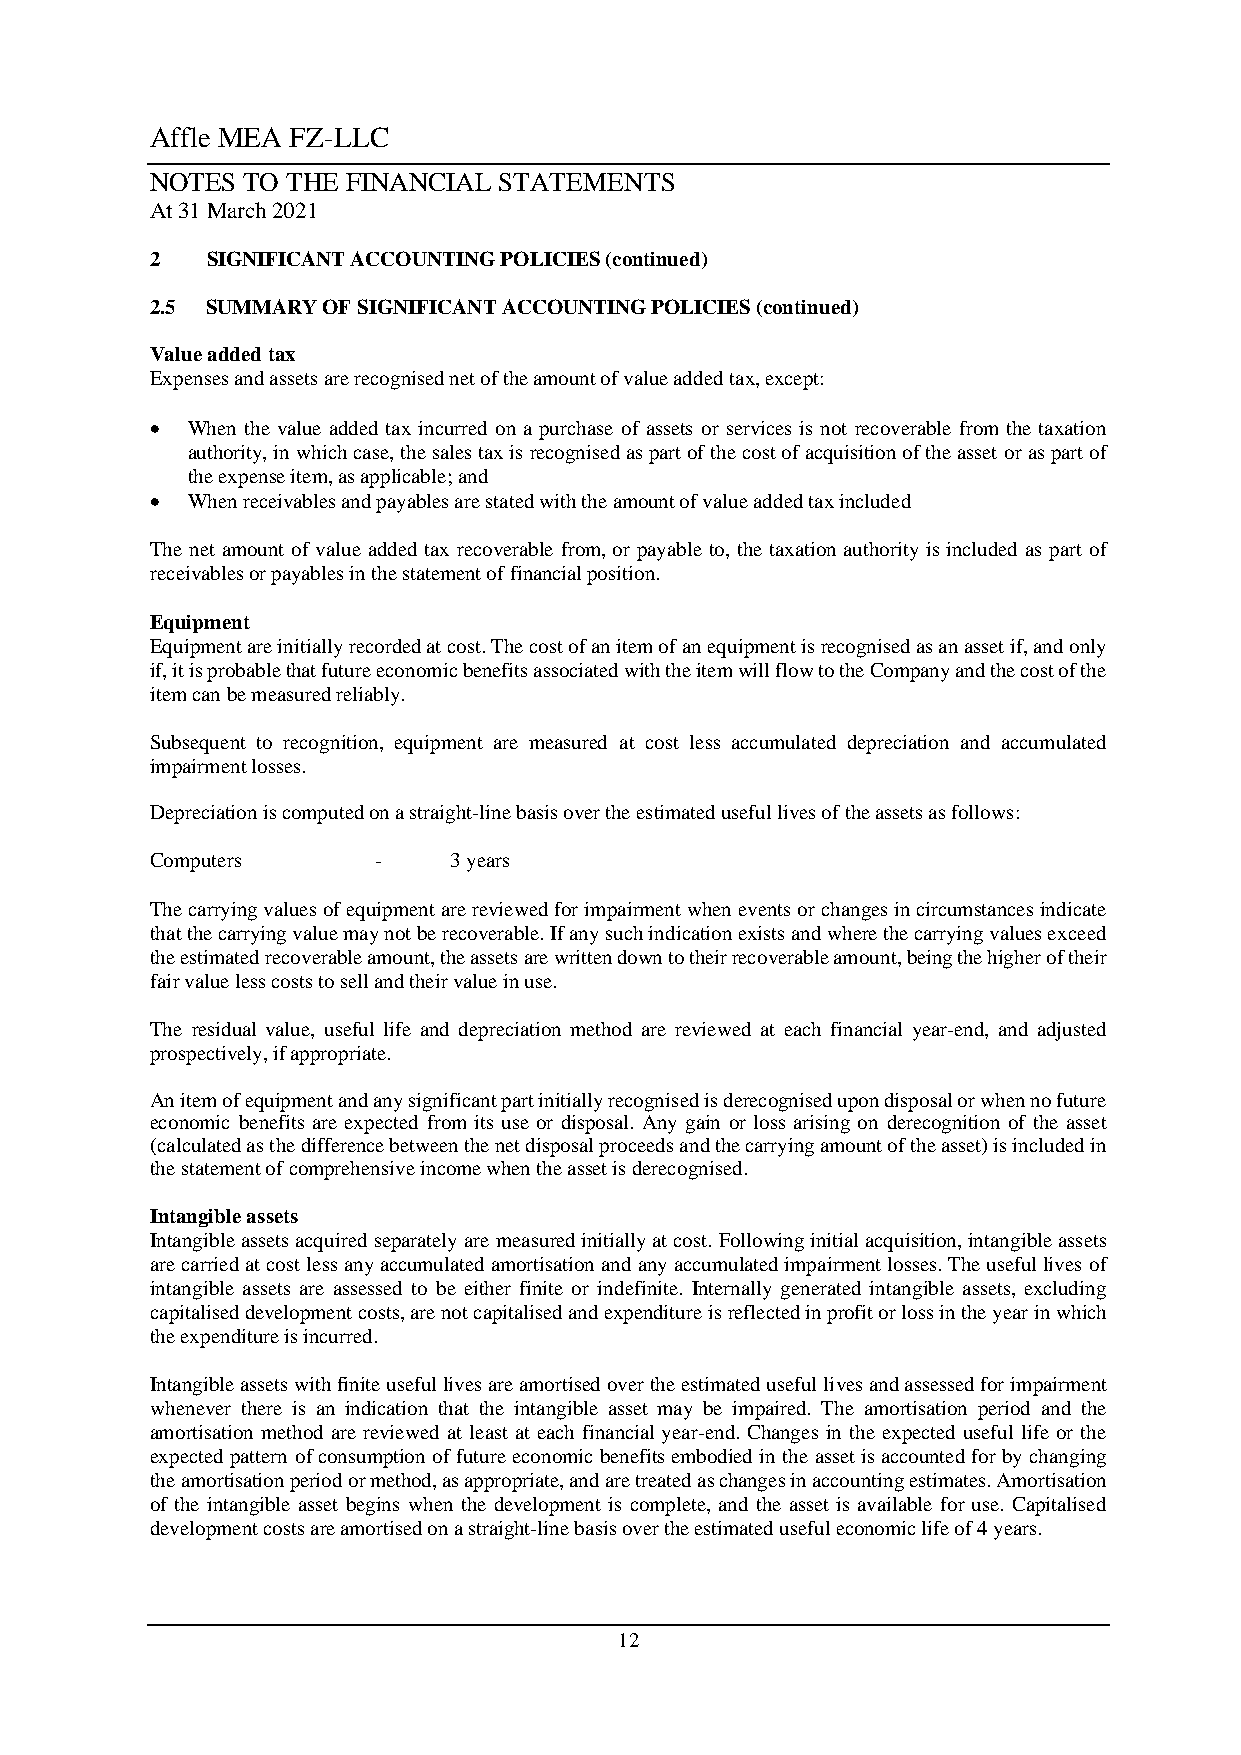
Affle MEA FZ-LLC
 NOTES TO THE FINANCIAL STATEMENTS
 At 31 March 2021
 2   SIGNIFICANT ACCOUNTING POLICIES (continued)
 2.5 SUMMARY OF SIGNIFICANT ACCOUNTING POLICIES (continued)
 Value added tax
 Expenses and assets are recognised net of the amount of value added tax, except:
  When the value added tax incurred on a purchase of assets or services is not recoverable from the taxation
 authority, in which case, the sales tax is recognised as part of the cost of acquisition of the asset or as part of
 the expense item, as applicable; and
  When receivables and payables are stated with the amount of value added tax included
 The net amount of value added tax recoverable from, or payable to, the taxation authority is included as part of
 receivables or payables in the statement of financial position.
 Equipment
 Equipment are initially recorded at cost. The cost of an item of an equipment is recognised as an asset if, and only
 if, it is probable that future economic benefits associated with the item will flow to the Company and the cost of the
 item can be measured reliably.
 Subsequent to recognition, equipment are measured at cost less accumulated depreciation and accumulated
 impairment losses.
 Depreciation is computed on a straight-line basis over the estimated useful lives of the assets as follows:
 Computers      -    3 years
 The carrying values of equipment are reviewed for impairment when events or changes in circumstances indicate
 that the carrying value may not be recoverable. If any such indication exists and where the carrying values exceed
 the estimated recoverable amount, the assets are written down to their recoverable amount, being the higher of their
 fair value less costs to sell and their value in use.
 The residual value, useful life and depreciation method are reviewed at each financial year-end, and adjusted
 prospectively, if appropriate.
 An item of equipment and any significant part initially recognised is derecognised upon disposal or when no future
 economic benefits are expected from its use or disposal. Any gain or loss arising on derecognition of the asset
 (calculated as the difference between the net disposal proceeds and the carrying amount of the asset) is included in
 the statement of comprehensive income when the asset is derecognised.
 Intangible assets
 Intangible assets acquired separately are measured initially at cost. Following initial acquisition, intangible assets
 are carried at cost less any accumulated amortisation and any accumulated impairment losses. The useful lives of
 intangible assets are assessed to be either finite or indefinite. Internally generated intangible assets, excluding
 capitalised development costs, are not capitalised and expenditure is reflected in profit or loss in the year in which
 the expenditure is incurred.
 Intangible assets with finite useful lives are amortised over the estimated useful lives and assessed for impairment
 whenever there is an indication that the intangible asset may be impaired. The amortisation period and the
 amortisation method are reviewed at least at each financial year-end. Changes in the expected useful life or the
 expected pattern of consumption of future economic benefits embodied in the asset is accounted for by changing
 the amortisation period or method, as appropriate, and are treated as changes in accounting estimates. Amortisation
 of the intangible asset begins when the development is complete, and the asset is available for use. Capitalised
 development costs are amortised on a straight-line basis over the estimated useful economic life of 4 years.
 12